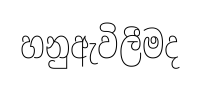
හනුඇවිලීමද